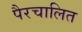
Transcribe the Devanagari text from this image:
पैरचालित